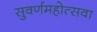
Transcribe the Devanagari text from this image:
सुवर्णमहोत्सवा